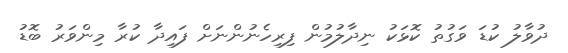
ދުވާލު ކުޑަ ވަގުތު ކޮޅަކު ނިދާލުމުން ފިރިހެނުންނަށް ފައިދާ ކުރާ މިންވަރު ބޮޑު